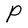
Character: P